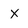
Character: x